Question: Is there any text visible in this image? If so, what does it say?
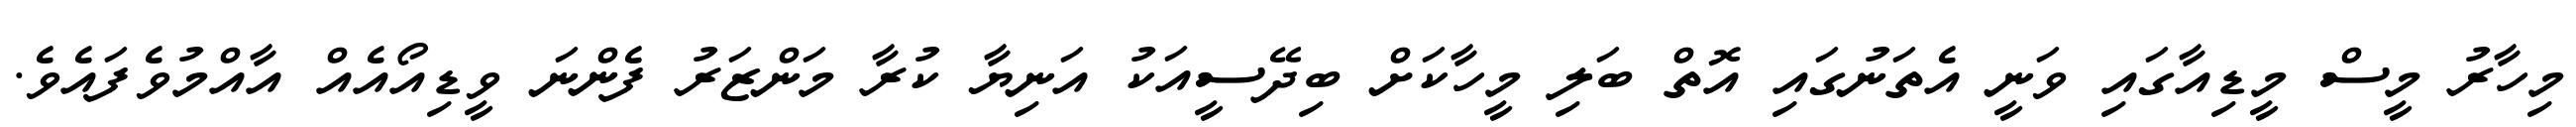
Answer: މިހާރު މީސް މީޑިއާގައި ވަނީ އެތަނުގައި އޮތް ބަލި މީހާކަށް ބިދޭސީއަކު އަނިޔާ ކުރާ މަންޒަރު ފެންނަ ވީޑިއޯއެއް އާއްމުވެފައެވެ.